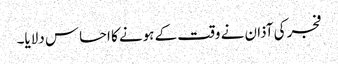
فجر کی آذان نے وقت کے ہونے کا احساس دلایا۔